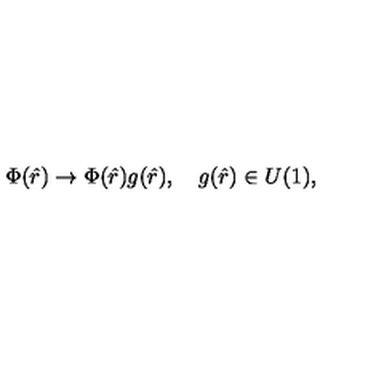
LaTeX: \Phi ( \hat { r } ) \to \Phi ( \hat { r } ) g ( \hat { r } ) , \quad g ( \hat { r } ) \in U ( 1 ) ,